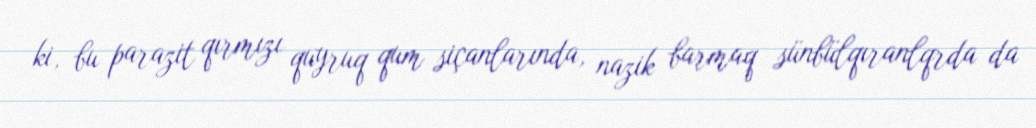
ki, bu parazit qırmızı quyruq qum siçanlarında, nazik barmaq sünbülqıranlqrda da